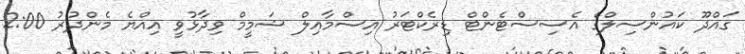
ގައްދޫ ކައުންސިލްގެ އެސިސްޓެންޓް ޑިރެކްޓަރު އިސްމާއިލް ޝަމީމް ވިދާޅުވީ އިއްޔެ މެންދުރު 2:00